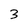
Character: 3